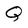
Character: Q